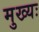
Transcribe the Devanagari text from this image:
मुख्यः